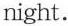
night.